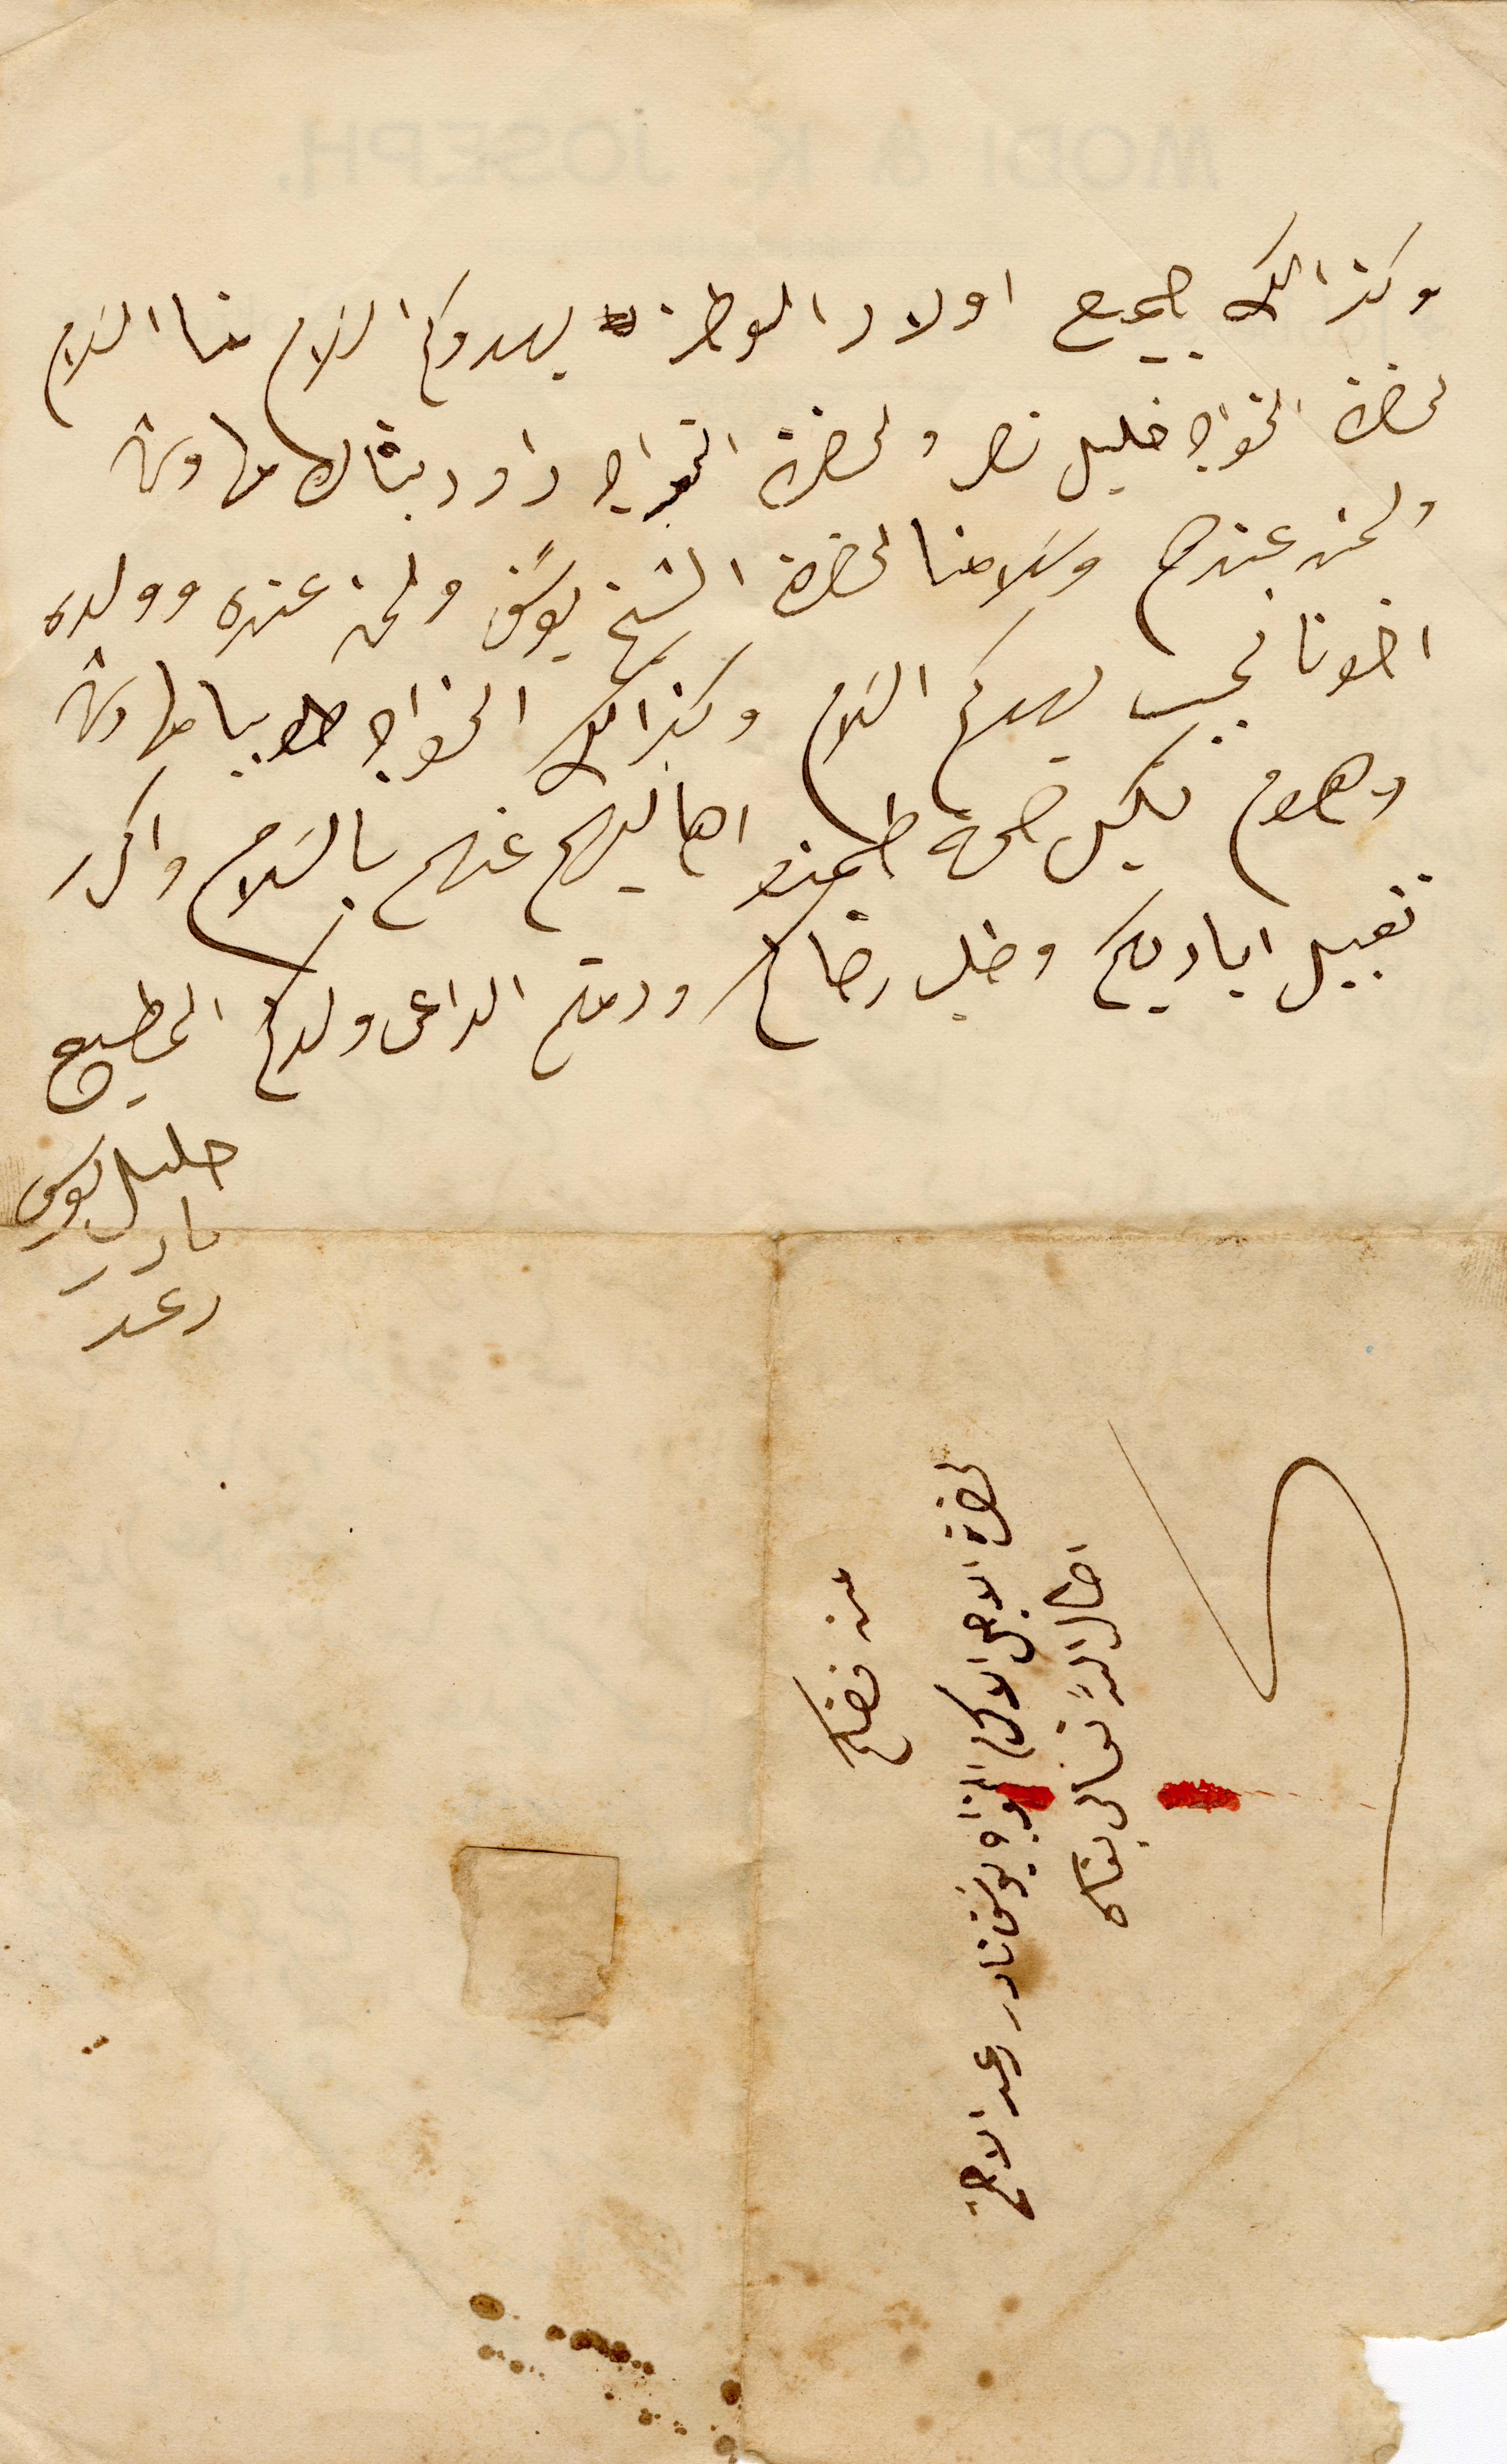
وكذالك جميع اولاد الوطن يهدوكم السَلام منا السَلام
لحضرة الخواجه خليل نصر ولحضرة الخواجه داود بشاره مهاوش
ولمن عندهم وسَلامنا لحضرة الشيخ يوسَف ولمن عنده وولده
اخونا نجيب يهدكم السَلام وكذالك الخواجه طوبيا مهاوش
وهوم بكل صحة طمنو اهاليهم عنهم بالسَلام واكرر
تقبيل اياديكم وطلب رضاكم ودمتم الداعى ولدكم المطيع
خليل موسي نادر رعد
من فضلكم
لحضرة الاجل الاكرم الخواجه يوسَف نادر رعد الافخم
اطال الله تعالى بقاه